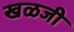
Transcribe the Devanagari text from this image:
खळजी